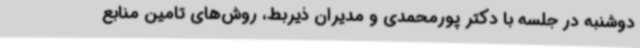
دوشنبه در جلسه‌ با دکتر پورمحمدی و مدیران ذیربط، روش‌های تامین منابع